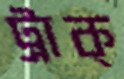
ট্রাক্